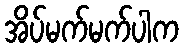
အိပ်မက်မက်ပါက